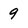
Character: 9